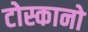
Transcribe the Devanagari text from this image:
टोस्कानो